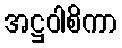
အဋ္ဌဝါစိကာ